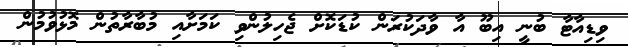
ވިޑިއާޓާ ބުނީ އިބޫ އާ ވާދަކުރަން ކުޑަކޮށް ޖެހިލުންވި ކަމަށާއި މުބާރާތުން މޮޅުވުމުން